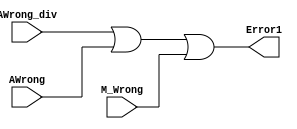
`timescale 1ns / 1ps

module OR(
  input AWrong_div,
  input AWrong,
  input M_Wrong,
  output Error1
    );
  assign Error1=(AWrong_div|AWrong)|M_Wrong;
endmodule